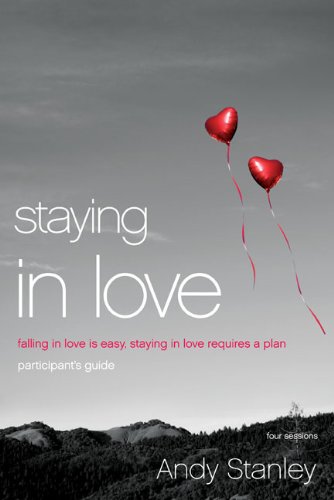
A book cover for Staying in Love Participant's Guide with DVD: Falling in Love Is Easy, Staying in Love Requires a Plan; Andy Stanley; Christian Books & Bibles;